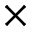
\times